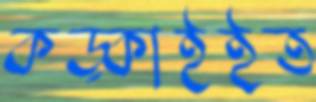
কড়্‌কাইইত